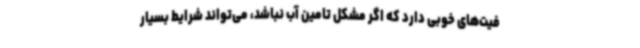
فیت‌های خوبی دارد که اگر مشکل تامین آب نباشد، می‌تواند شرایط بسیار